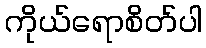
ကိုယ်ရောစိတ်ပါ